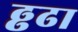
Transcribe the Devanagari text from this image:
ढ्ढढा